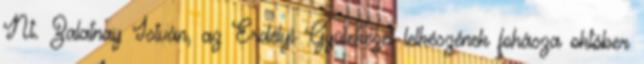
Nt. Zalatnay István, az Erdélyi Gyülekezet lelkészének fohásza október